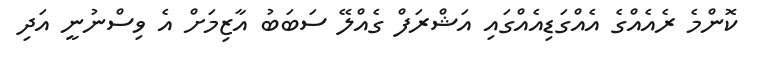
ކޮންމެ ރެއެއްގެ އެއްގަޑިއެއްގައި އަޝްރަފް ގެއްލޭ ސަބަބު އާޒިމަށް އެ ވިސްނުނީ އަދި